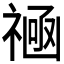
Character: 𫀛